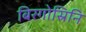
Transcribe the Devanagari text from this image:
बिरगोस्रिनि